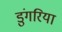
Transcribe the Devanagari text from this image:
डुंगरिया